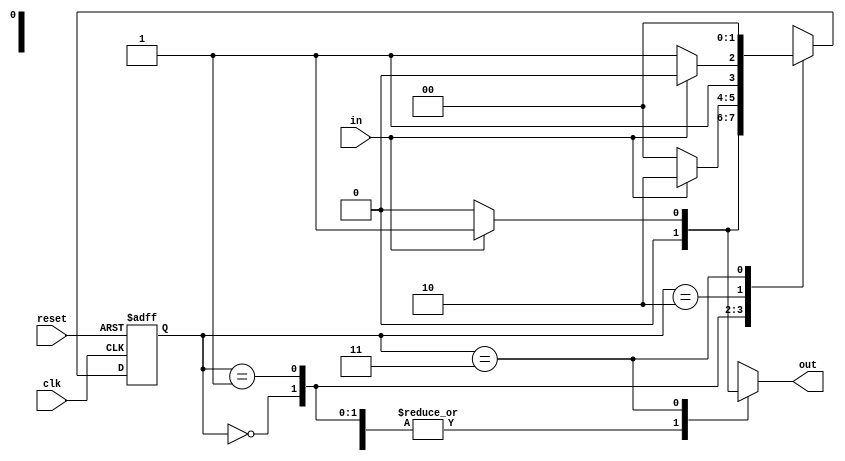
module mealy_nonol(
                   in       ,                   //input
                   clk      ,                   //clock
                   reset    ,                   //reset
                   out                          //output
                   )        ;

//port declaration
input in, clk, reset                         ;  //input declaration
output reg out                               ;  //output declaration
parameter S0 = 0 , S1 = 1 , S2 = 2 , S3 = 3  ;  //parameter declaration for states
reg [1:0] present_state,next_state           ;  //register declaration for states

always @ (posedge clk or posedge reset)
   begin
      if(reset)
         present_state <= S0           ;        //if reset is true then go to state S0   
      else    
         present_state <= next_state   ;        //if reset is false then make next state as present state
   end             

always@(present_state or in)
   begin      
      case(present_state)    
         S0 : begin 
               next_state = in ? S1 : S0   ;    //next state will be S1 if input is 1 otherwise S2
               out = 0                     ;    //output is 0 till the desired sequence is acquired
              end
         S1 : begin 
               next_state = in ? S2 : S0   ;    //next state will be S1 if input is 1 otherwise S2
               out = 0                     ;    //output is 0 till the desired sequence is aquired
              end
         S2 : begin 
               next_state = in ? S2 : S3   ;    //next state will be S1 if input is 1 otherwise S2             
               out = 0                     ;    //output is 0 till the desired sequence is aquired
              end 
         S3 : begin 
               next_state = S0             ;    //next state is zero
               out = in ? 1 : 0            ;    //output is 1 when the desired sequence is aquired
              end
         default: next_state = S0          ;    //set default value as S0 state
      endcase
   end
endmodule